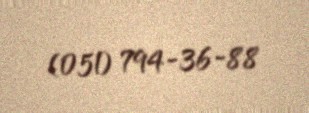
(051) 794-36-88